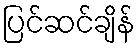
ပြင်ဆင်ချိန်